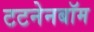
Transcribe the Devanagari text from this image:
टटनेनबॉम